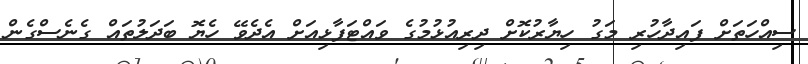
ސިއްހަތަށް ފައިދާހުރި މަގު ހިޔާރުކޮށް ދިރިއުޅުމުގެ ވައްޓަފާޅިއަށް އެދެވޭ ހެޔޮ ބަދަލުތައް ގެނެސްގެން